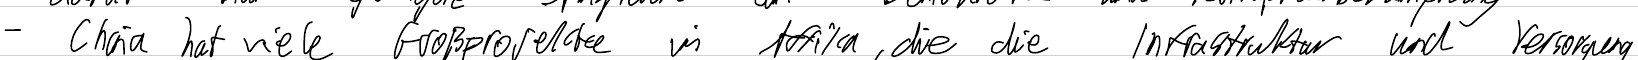
- China hat viele Großprojekte in Afrika, die die Infrastruktur und Versorgung